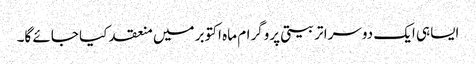
ایساہی ایک دوسرا تربیتی پروگرام ماہ اکتوبر میں منعقد کیا جائے گا۔